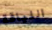
اللياقة